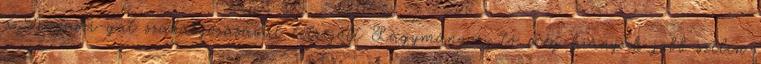
a Kopaszi-gát szabályozásával létrejött Lágymányosi-tó még hiányzik jobb szélen